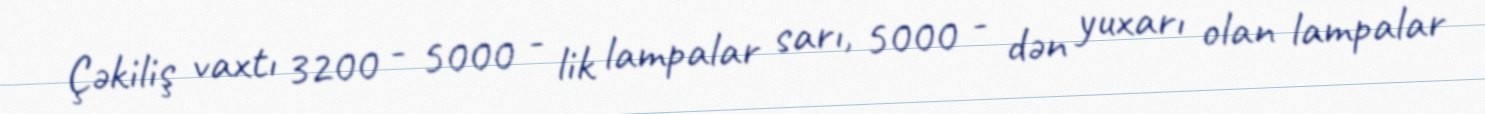
Çəkiliş vaxtı 3200 - 5000 - lik lampalar sarı, 5000 - dən yuxarı olan lampalar